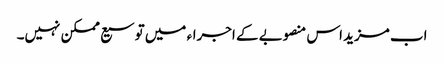
اب مزید اس منصوبے کے اجراء میں توسیع ممکن نہیں۔